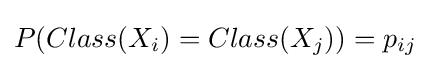
P(Class(X_{i})=Class(X_{j}))=p_{ij}